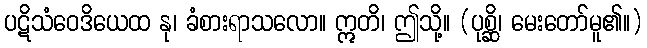
ပဋိသံဝေဒိယေထ နု၊ ခံစားရာသလော။ ဣတိ၊ ဤသို့။ (ပုစ္ဆိ၊ မေးတော်မူ၏။)